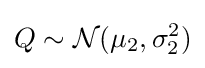
Q\sim {\mathcal {N}}(\mu _{2},\sigma _{2}^{2})